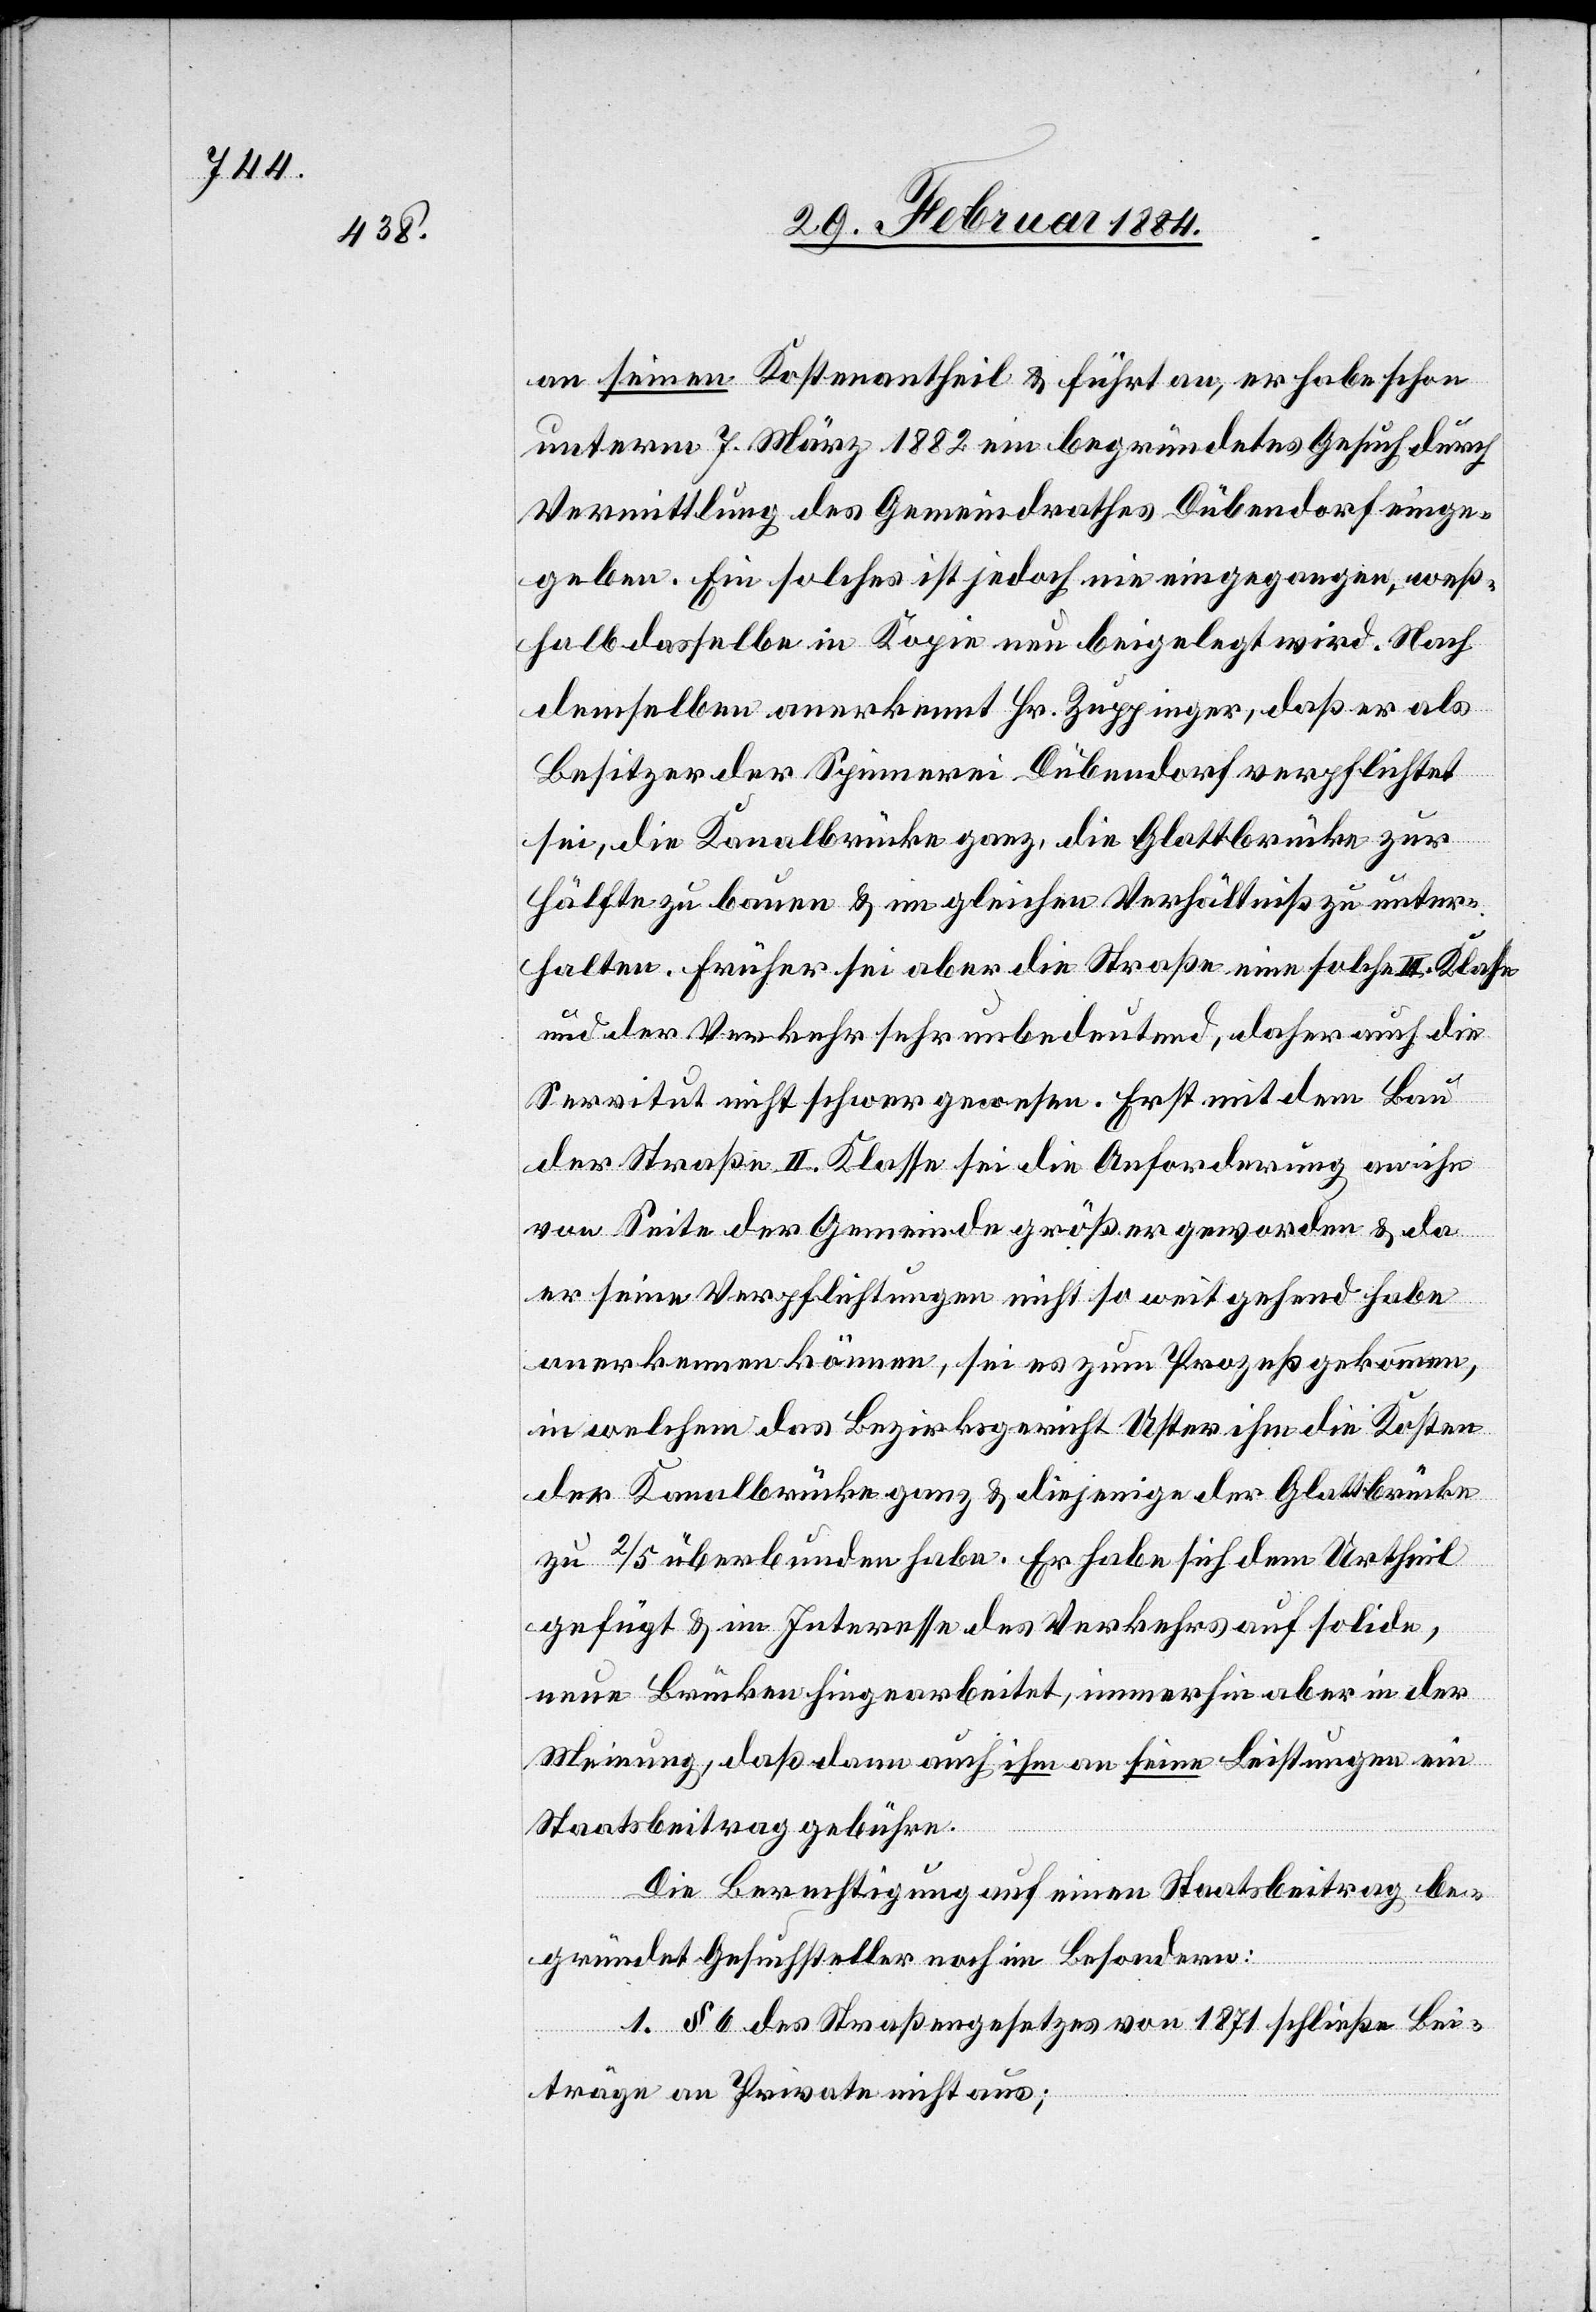
an seinen Kostenantheil & führt an, er habe schon
unterm 7. März 1882 ein begründetes Gesuch durch
Vermittlung des Gemeindrathes Dübendorf einge¬
geben. Ein solches ist jedoch nie eingegangen, weß¬
halb dasselbe in Kopie nun beigelegt wird. Nach
demselben anerkennt Hr. Zuppinger, daß er als
Besitzer der Spinnerei Dübendorf verpflichtet
sei, die Kanalbrücke ganz, die Glattbrücke zur
Hälfte zu bauen & in gleichem Verhältniß zu unter¬
halten. Früher sei aber die Straße eine solche III. Klasse
und der Verkehr sehr unbedeutend, daher auch die
Servitut nicht schwer gewesen. Erst mit dem Bau
der Straße II. Klasse sei die Anforderung an ihn
von Seite der Gemeinde größer geworden & da
er seine Verpflichtungen nicht so weitgehend habe
ernennen können, sei es zum Prozeß gekommen,
in welchem das Bezirksgericht Uster ihm die Kosten
der Kanalbrücke ganz & diejenige der Glattbrücke
zu 2/5 überbunden habe. Er habe sich dem Urtheil
gefügt & im Interesse des Verkehrs auf solide,
neue Brücken hingearbeitet, immerhin aber in der
Meinung, daß dann auch ihm an seine Leistungen ein
Staatsbeitrag gebühre.
Die Berechtigung auf einen Staatsbeitrag be¬
gründet Gesuchsteller noch im Besondern:
1. § 6 des Straßengesetzes von 1871 schließe Bei¬
träge an Private nicht aus;